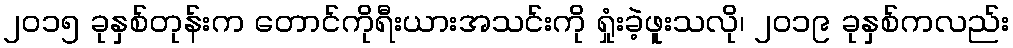
၂၀၁၅ ခုနှစ်တုန်းက တောင်ကိုရီးယားအသင်းကို ရှုံးခဲ့ဖူးသလို၊ ၂၀၁၉ ခုနှစ်ကလည်း